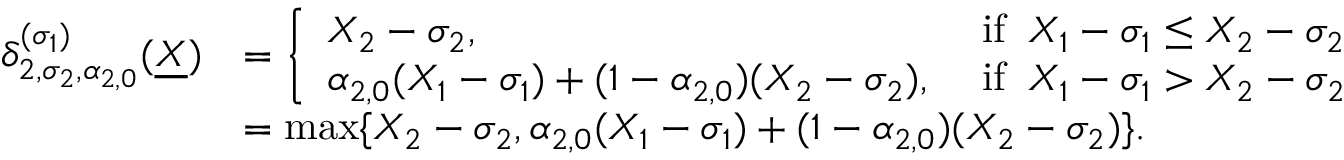
\begin{array} { r l } { \delta _ { 2 , \sigma _ { 2 } , \alpha _ { 2 , 0 } } ^ { ( \sigma _ { 1 } ) } ( \underline { { X } } ) } & { = \left\{ \begin{array} { l l } { X _ { 2 } - \sigma _ { 2 } , } & { \mathrm { ~ i f } \; \; X _ { 1 } - \sigma _ { 1 } \leq X _ { 2 } - \sigma _ { 2 } } \\ { \alpha _ { 2 , 0 } ( X _ { 1 } - \sigma _ { 1 } ) + ( 1 - \alpha _ { 2 , 0 } ) ( X _ { 2 } - \sigma _ { 2 } ) , } & { \mathrm { ~ i f } \; \; X _ { 1 } - \sigma _ { 1 } > X _ { 2 } - \sigma _ { 2 } } \end{array} \right. } \\ & { = \operatorname* { m a x } \{ X _ { 2 } - \sigma _ { 2 } , \alpha _ { 2 , 0 } ( X _ { 1 } - \sigma _ { 1 } ) + ( 1 - \alpha _ { 2 , 0 } ) ( X _ { 2 } - \sigma _ { 2 } ) \} . } \end{array}